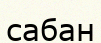
сабан